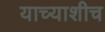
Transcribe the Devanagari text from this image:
याच्याशीच